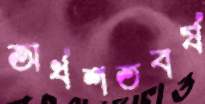
অর্ধশতবর্ষ